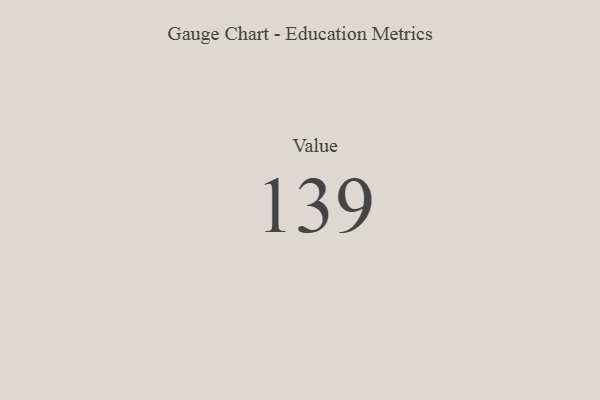
{"axis": {"x": "Metric", "y": "Value"}, "legend": [""], "data": [{"x": "Value", "y": 139, "type": ""}]}